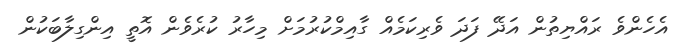
އެހެންވެ ރައްޔިތުން އަދޭ ފަދަ ވެރިކަމެއް ގާއިމްކުރުމަށް މިހާރު ކުރެވެން އޮތީ އިންގިލާބަކުން